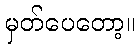
မှတ်ပေတော့။